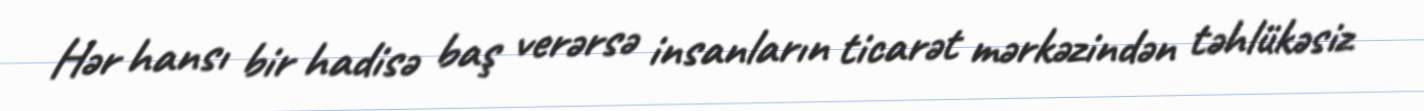
Hər hansı bir hadisə baş verərsə insanların ticarət mərkəzindən təhlükəsiz